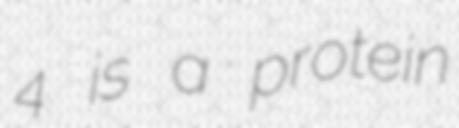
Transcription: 4 is a protein